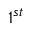
1 ^ { s t }